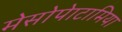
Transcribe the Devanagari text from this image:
मेसोपेाटामिया